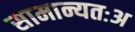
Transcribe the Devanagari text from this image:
सामान्यतःअ